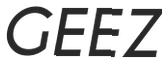
GEEZ